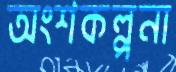
অংশকল্পনা